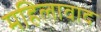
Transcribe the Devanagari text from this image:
महिलावाद